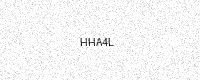
Text: HHA4L